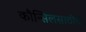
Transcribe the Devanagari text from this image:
कौन्सिलसाठीचे